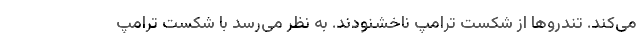
می‌کند. تندروها از شکست ترامپ ناخشنودند. به نظر می‌رسد با شکست ترامپ